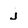
Character: J